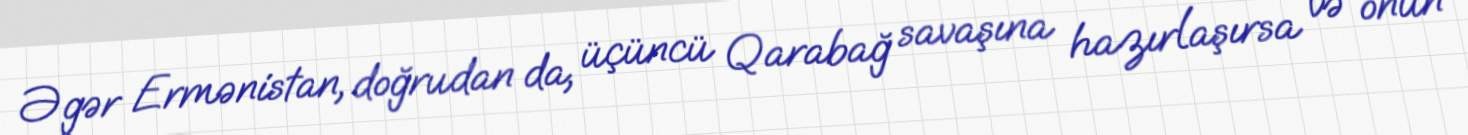
Əgər Ermənistan, doğrudan da, üçüncü Qarabağ savaşına hazırlaşırsa və onun